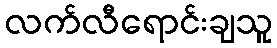
လက်လီရောင်းချသူ